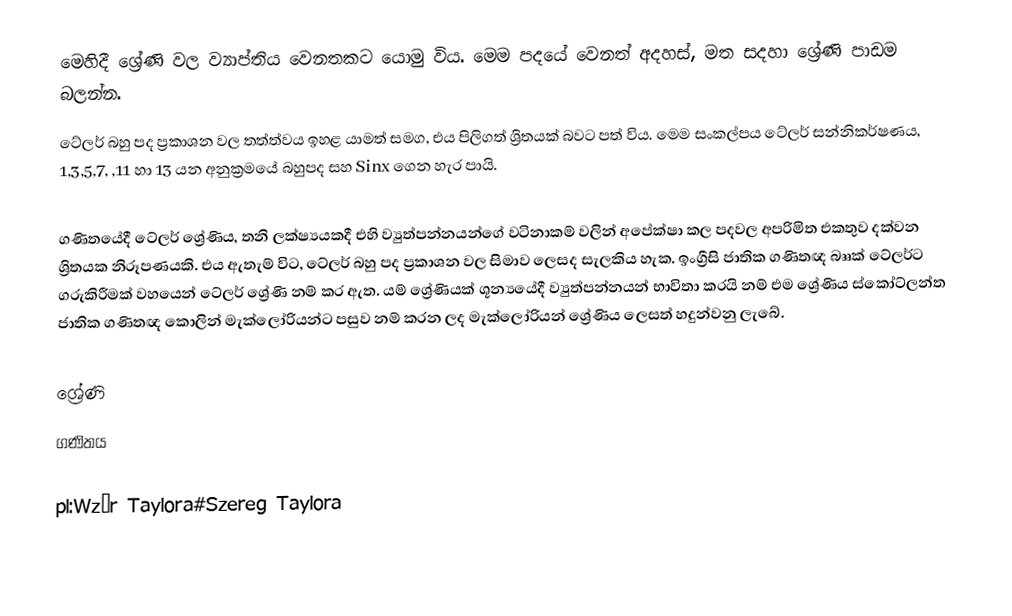
මෙහිදී ශ්‍රේණි වල ව්‍යාප්තිය වෙනතකට යොමු විය. මෙම පදයේ වෙනත් අදහස්, මත සදහා ශ්‍රේණි පාඩම බලන්න.
ටේලර් බහු පද ප්‍රකාශන වල තත්ත්වය ඉහළ යාමත් සමග, එය පිලිගත් ශ්‍රිතයක් බවට පත් විය. මෙම සංකල්පය ටේලර් සන්නිකර්ෂණය, 1,3,5,7,  ,11 හා 13 යන අනුක්‍රමයේ බහුපද සහ Sinx ගෙන හැර පායි.

ගණිතයේදී ටේලර් ශ්‍රේණිය, තනි ලක්ෂ්‍යයකදී එහි ව්‍යුත්පන්නයන්ගේ වටිනාකම් වලින් අපේක්ෂා කල පදවල අපරිමිත එකතුව දක්වන ශ්‍රිතයක නිරූපණයකි. එය ඇතැම් විට, ටේලර් බහු පද ප්‍රකාශන වල සිමාව ලෙසද සැලකිය හැක. ඉංග්‍රීසි ජාතික ගණිතඥ බෲක් ටේලර්ට ගරුකිරීමක් වහයෙන් ටේලර් ශ්‍රේණි නම් කර ඇත. යම් ශ්‍රේණියක් ශූන්‍යයේදී ව්‍යුත්පන්නයන් භාවිතා කරයි නම් එම ශ්‍රේණිය ස්කෝට්ලන්ත ජාතික ගණිතඥ කොලින් මැක්ලෝරියන්ට පසුව නම් කරන ලද මැක්ලෝරියන් ශ්‍රේණිය ලෙසත් හදුන්වනු ලැබේ.

ශ්‍රේණි
ගණිතය

pl:Wzór Taylora#Szereg Taylora